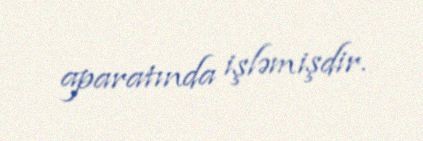
aparatında işləmişdir.